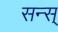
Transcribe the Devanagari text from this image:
सन्स्